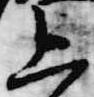
上